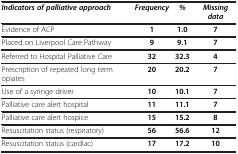
| Indicators of palliative approach | Frequency | % | Missing data |
 | --- | --- | --- | --- |
 | Evidence of ACP | 1 | 1.0 | 7 |
 | Placed on Liverpool Care Pathway | 9 | 9.1 | 7 |
 | Referred to Hospital Palliative Care | 32 | 32.3 | 4 |
 | Prescription of repeated long term opiates | 20 | 20.2 | 7 |
 | Use of a syringe driver | 10 | 10.1 | 7 |
 | Palliative care alert hospital | 11 | 11.1 | 7 |
 | Palliative care alert hospice | 15 | 15.2 | 8 |
 | Resuscitation status (respiratory) | 56 | 56.6 | 12 |
 | Resuscitation status (cardiac) | 17 | 17.2 | 10 |